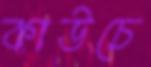
কাউচে